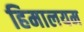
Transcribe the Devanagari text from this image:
हिमालयम